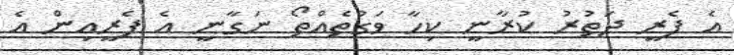
އެ ފެރީ ދަތުރު ކުރާނީ ކިހާ ވަގުތެއްތޯ ނަގާނީ އެ ފެރީއިން އެ